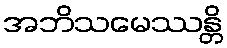
အဘိသမေဿန္တိ